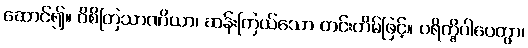
ဆောင်၍။ ဝိစိတြသာဏိယာ၊ ဆန်းကြယ်သော တင်းတိမ်ဖြင့်။ ပရိက္ခိပါပေတွာ၊